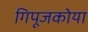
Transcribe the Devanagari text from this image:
गिपूजकोया